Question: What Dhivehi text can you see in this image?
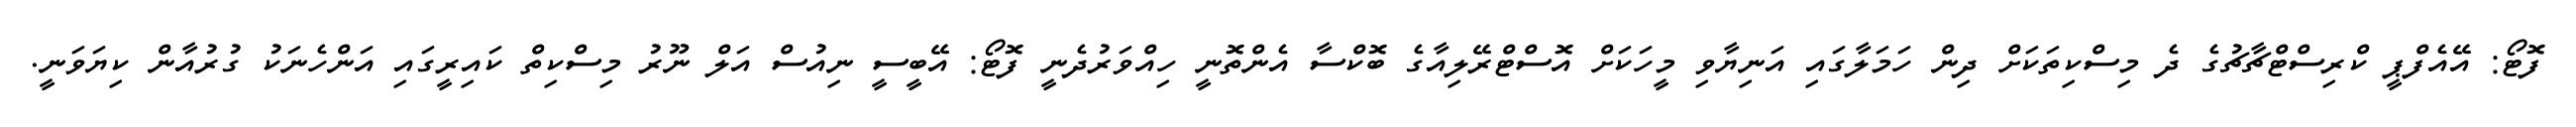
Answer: ފޮޓޯ: އޭއެފްޕީ ކްރިސްޓްޗާޗުގެ ދެ މިސްކިތަކަށް ދިން ހަމަލާގައި އަނިޔާވި މީހަކަށް އޮސްޓްރޭލިއާގެ ބޮކްސާ އެންތޮނީ ހިއްވަރުދެނީ ފޮޓޯ: އޭބީސީ ނިއުސް އަލް ނޫރު މިސްކިތް ކައިރީގައި އަންހެނަކު ގުރުއާން ކިޔަވަނީ.